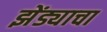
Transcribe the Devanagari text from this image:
झेंड्याचा